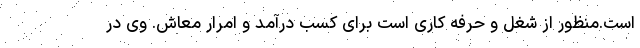
است.منظور از شغل و حرفه کاری است برای کسب درآمد و امرار معاش. وی در